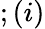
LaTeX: ;(i)